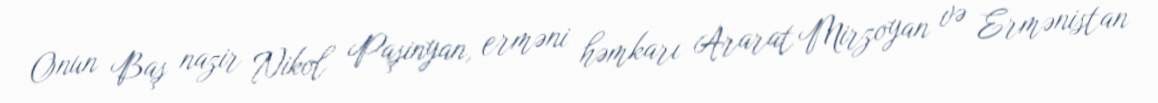
Onun Baş nazir Nikol Paşinyan, erməni həmkarı Ararat Mirzoyan və Ermənistan